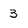
Character: 3